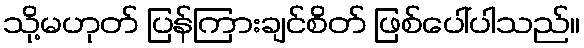
သို့မဟုတ် ပြန်ကြားချင်စိတ် ဖြစ်ပေါ်ပါသည်။